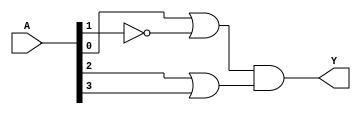
module pos_logic
#(
    parameter N = 4  // Number of input variables, can be adjusted
)
(
    input wire [N-1:0] A,     // Input variables, N bits
    output wire Y             // Output Y
);

// Internal signals for OR gates
wire sum1, sum2;

// Using OR gates for sums
assign sum1 = A[0] | ~A[1];  // A + B' (where A[0] is A and A[1] is B)
assign sum2 = A[2] | A[3];   // C + D (where A[2] is C and A[3] is D)

// AND gate combining the outputs of the OR gates
assign Y = sum1 & sum2;      // Output Y = (A + B')(C + D)

endmodule